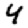
Digit: 4